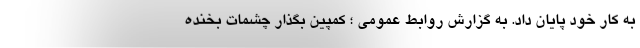
به کار خود پایان داد. به گزارش روابط عمومی ؛ کمپین بگذار چشمات بخنده